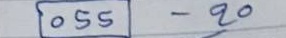
055 - 20